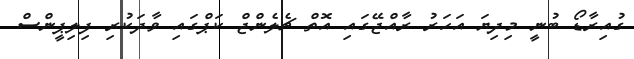
ގުއިރާޑޯ ބުނީ މިދިޔަ އަހަރު ރާއްޖޭގައި އޮތް ޗެލެންޖް ކަޕްގައި ވާދަކުރި ފިލިޕީންސް